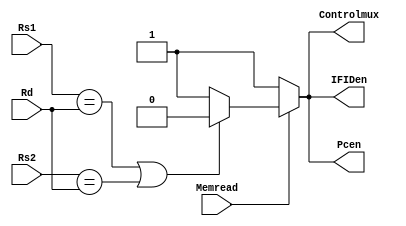
module hazardunit(
    input Memread,
    input [4:0] Rs1,
    input [4:0] Rs2,
    input [4:0] Rd,
    output Controlmux,
    output Pcen, //PC enable signal
    output IFIDen // register between instruction fetch state and instruction decode state enable signal
    );
    
    // The true data dependence when register is read and at the same time instruction is loading the same register
    // in this satiuation a stall must be occured and the following instruction mustnot be fetched to prevent any
    // unexpected output pc also should be unenabled 
    assign Controlmux=(Memread ==1'b0)?1:(Rs1==Rd | Rs2==Rd)?0:1;
    assign Pcen = (Memread ==1'b0)?1:(Rs1==Rd | Rs2==Rd)?0:1;
    assign IFIDen= (Memread ==1'b0)?1:(Rs1==Rd | Rs2==Rd)?0:1;
endmodule